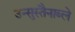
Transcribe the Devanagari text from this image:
उन्सुस्तैनाब्ले